38_143685_box_Incident_Summaries_173-233
Agency: Department of War
Page 104
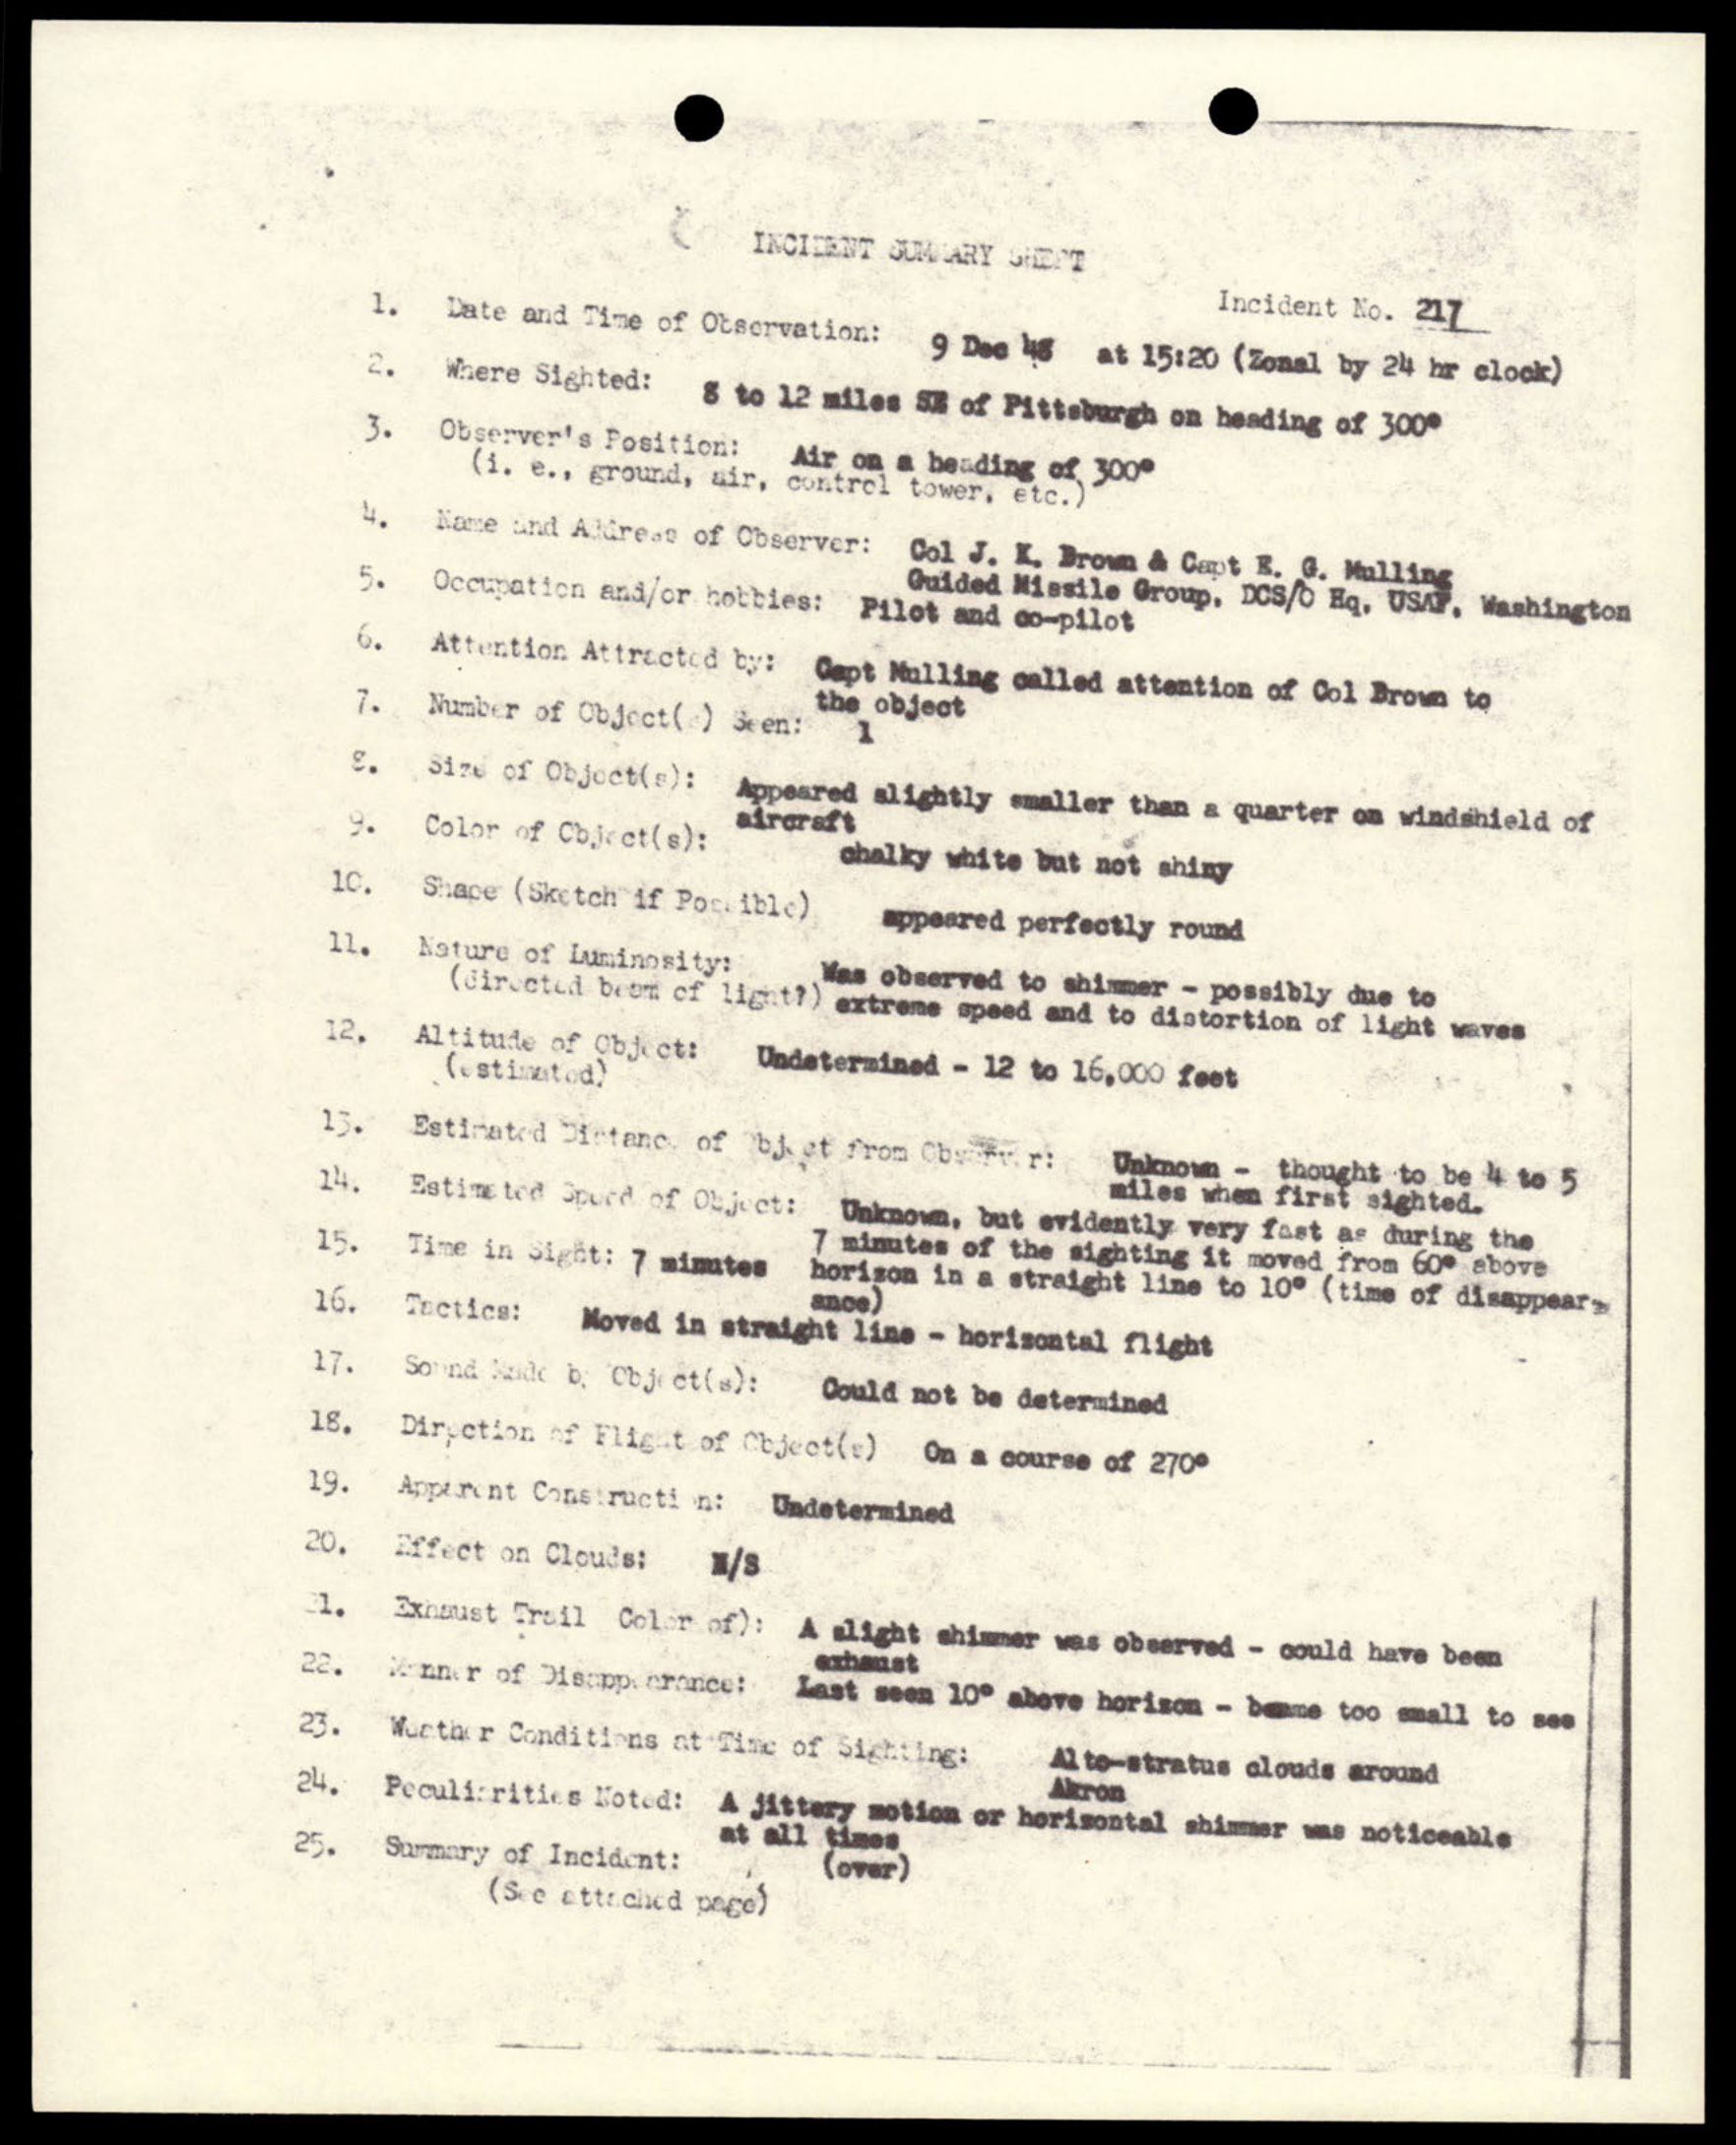